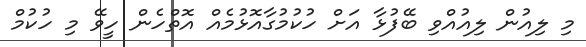
މި ލިއުން ލިއުއްވި ބޭފުޅާ އަށް ހުކުމުގާއޮޅުމެއް އޮތްހެން ހީވޭ މި ހުކުމް